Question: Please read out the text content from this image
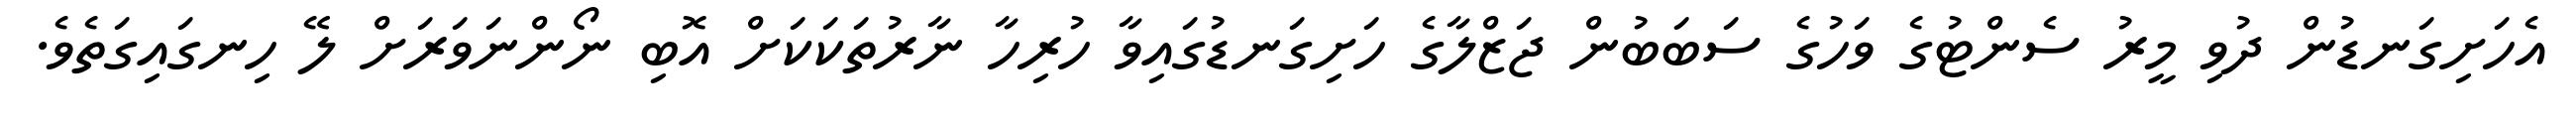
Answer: އެހަށިގަނޑުން ދުވި މީރު ސެންޓުގެ ވަހުގެ ސަބަބުން ޖަޒްލާގެ ހަށިގަނޑުގައިވާ ހުރިހާ ނާރުތަކަކަށް އޮބި ނޯންނަވަރަށް ލޭ ހިނގައިގަތެވެ.